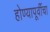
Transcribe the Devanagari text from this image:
होण्यापूर्वीचा